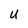
Character: u